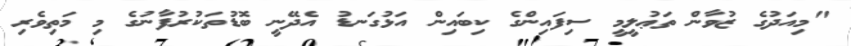
"މިއަދުގެ ޒުވާން ތަޢުލީމީ ސިފައިންގެ ކިބައިން އަޅުގަނޑު އެދޭނީ ބޮޑުތަކުރުފާނުގެ މި މަތިވެރި